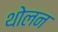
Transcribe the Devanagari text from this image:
थोलन